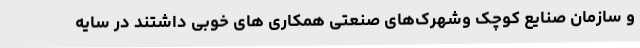
و سازمان صنایع کوچک وشهرک‌های صنعتی همکاری های خوبی داشتند در سایه